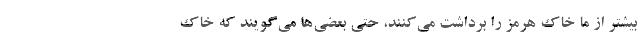
بیشتر از ما خاک هرمز را برداشت می‌کنند، حتی بعضی‌ها می‌گویند که خاک